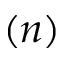
( n )